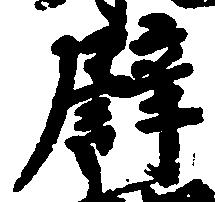
譬